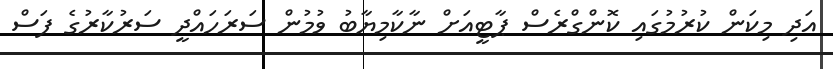
އަދި މިކަން ކުރުމުގައި ކޮންގްރެސް ޕާޓީއަށް ނާކާމިޔާބު ވުމުން ސަރަހައްދީ ސަރުކާރުގެ ފަސް